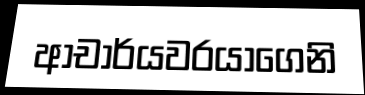
ආචාර්යවරයාගෙනි